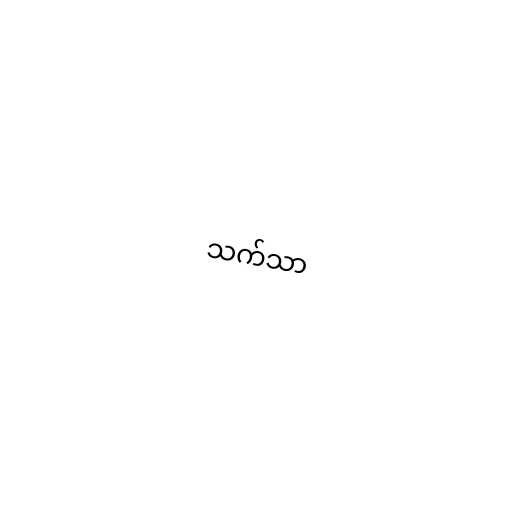
သက်သာ